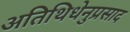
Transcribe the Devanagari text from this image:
अतिथिधेनुप्रसाद